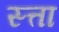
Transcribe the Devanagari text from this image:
स्त्ता